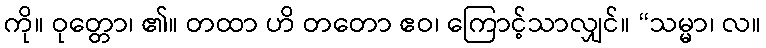
ကို။ ဝုတ္တော၊ ၏။ တထာ ဟိ တတော ဧဝ၊ ကြောင့်သာလျှင်။ “သမ္မာ၊ လ။